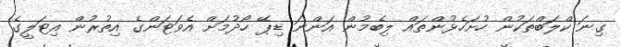
ގިނަ ކްލަބްތަކުން ހުށަހެޅުންތައް ލިބެމުން އަންނަ ޑިޕޭ ހޯދުމަށް އެވަޓަންގެ އިތުރުން އިޓަލީގެ